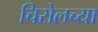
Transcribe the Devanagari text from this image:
चिरोलच्या